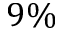
9 \%